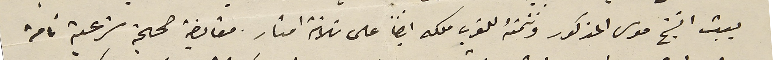
بيت الشيخ موسى المذكور وتتمتهُ للغرب ملكه ايضاً على ثلاثة امتار مقايضة صحيحة شرعية تامة